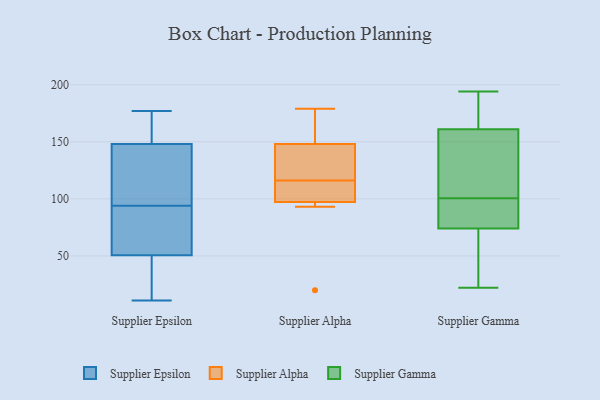
{"axis": {"x": "Market Share (%)", "y": "Value"}, "legend": ["Supplier Alpha", "Supplier Epsilon", "Supplier Gamma"], "data": [{"x": "", "y": 11, "type": "Supplier Epsilon"}, {"x": "", "y": 117, "type": "Supplier Epsilon"}, {"x": "", "y": 31, "type": "Supplier Epsilon"}, {"x": "", "y": 44, "type": "Supplier Epsilon"}, {"x": "", "y": 71, "type": "Supplier Epsilon"}, {"x": "", "y": 67, "type": "Supplier Epsilon"}, {"x": "", "y": 150, "type": "Supplier Epsilon"}, {"x": "", "y": 166, "type": "Supplier Epsilon"}, {"x": "", "y": 152, "type": "Supplier Epsilon"}, {"x": "", "y": 60, "type": "Supplier Epsilon"}, {"x": "", "y": 162, "type": "Supplier Epsilon"}, {"x": "", "y": 177, "type": "Supplier Epsilon"}, {"x": "", "y": 123, "type": "Supplier Epsilon"}, {"x": "", "y": 39, "type": "Supplier Epsilon"}, {"x": "", "y": 69, "type": "Supplier Epsilon"}, {"x": "", "y": 146, "type": "Supplier Epsilon"}, {"x": "", "y": 43, "type": "Supplier Epsilon"}, {"x": "", "y": 138, "type": "Supplier Epsilon"}, {"x": "", "y": 135, "type": "Supplier Epsilon"}, {"x": "", "y": 57, "type": "Supplier Epsilon"}, {"x": "", "y": 119, "type": "Supplier Alpha"}, {"x": "", "y": 141, "type": "Supplier Alpha"}, {"x": "", "y": 99, "type": "Supplier Alpha"}, {"x": "", "y": 151, "type": "Supplier Alpha"}, {"x": "", "y": 98, "type": "Supplier Alpha"}, {"x": "", "y": 179, "type": "Supplier Alpha"}, {"x": "", "y": 110, "type": "Supplier Alpha"}, {"x": "", "y": 20, "type": "Supplier Alpha"}, {"x": "", "y": 95, "type": "Supplier Alpha"}, {"x": "", "y": 93, "type": "Supplier Alpha"}, {"x": "", "y": 147, "type": "Supplier Alpha"}, {"x": "", "y": 177, "type": "Supplier Alpha"}, {"x": "", "y": 116, "type": "Supplier Alpha"}, {"x": "", "y": 63, "type": "Supplier Gamma"}, {"x": "", "y": 86, "type": "Supplier Gamma"}, {"x": "", "y": 161, "type": "Supplier Gamma"}, {"x": "", "y": 87, "type": "Supplier Gamma"}, {"x": "", "y": 150, "type": "Supplier Gamma"}, {"x": "", "y": 194, "type": "Supplier Gamma"}, {"x": "", "y": 87, "type": "Supplier Gamma"}, {"x": "", "y": 47, "type": "Supplier Gamma"}, {"x": "", "y": 74, "type": "Supplier Gamma"}, {"x": "", "y": 114, "type": "Supplier Gamma"}, {"x": "", "y": 22, "type": "Supplier Gamma"}, {"x": "", "y": 168, "type": "Supplier Gamma"}, {"x": "", "y": 186, "type": "Supplier Gamma"}, {"x": "", "y": 118, "type": "Supplier Gamma"}]}